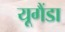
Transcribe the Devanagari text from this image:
यूगैंडा